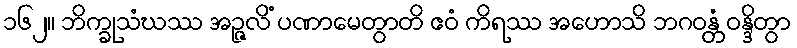
၁၆၂။ ဘိက္ခုသံဃဿ အဉ္ဇလိံ ပဏာမေတွာတိ ဧဝံ ကိရဿ အဟောသိ ဘဂဝန္တံ ဝန္ဒိတွာ